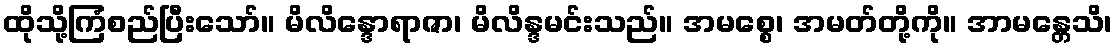
ထိုသို့ကြံစည်ပြီးသော်။ မိလိန္ဒောရာဇာ၊ မိလိန္ဒမင်းသည်။ အမစ္စေ၊ အမတ်တို့ကို။ အာမန္တေသိ၊